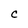
Character: C